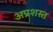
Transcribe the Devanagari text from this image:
अप्रशस्त